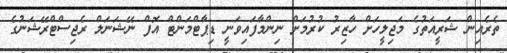
ތެރެއިން ޝަރީއަތުގެ މަޖިލީހަށް ހާޒިރު ކުރުމަށް ނިންމާފައިވަނީ ޑިޕާޓްމަންޓް އޮފް ނޭޝަނަލް ރެޖިސްޓްރޭޝަނުގެ